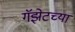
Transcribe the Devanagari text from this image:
गॅझेटच्या